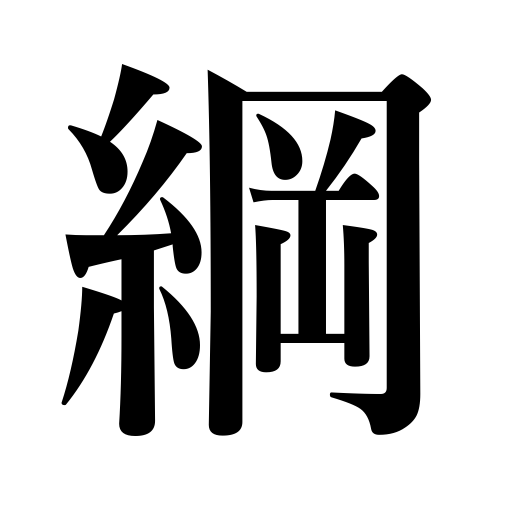
Meanings: hawser,class in zoology,line,string,morality,cord,cable,rope